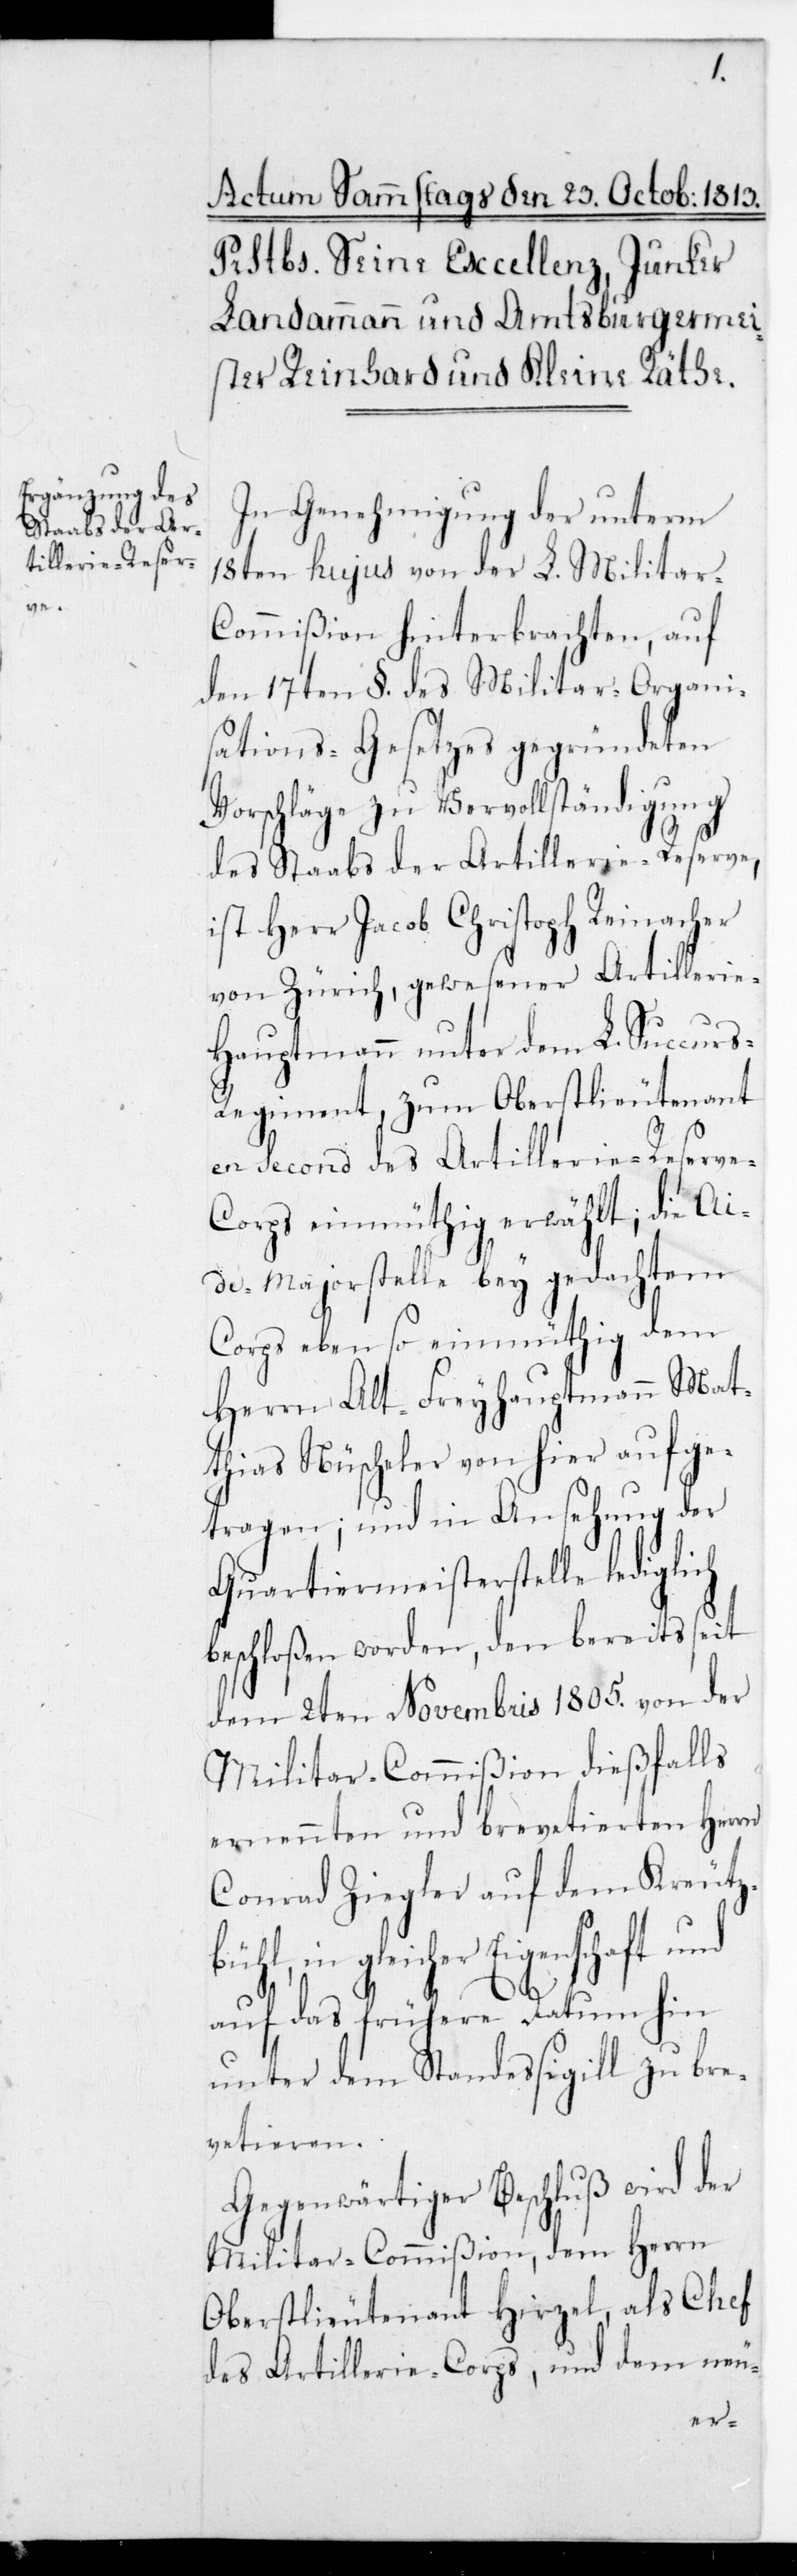
gle¬

l,
In Genehmigung der unterm
18ten hujus von der L. Militar-C¬
ommißion hinterbrachten, auf
den 17ten §. des Militar-Organi¬
sations-Gesetzes gegründeten
Vorschläge zu Vervollständigung
des Staabs der Artillerie-Reserve,
ist Herr Jacob Christoph Reinacher
von Zürich, gewesener Artillerie-H¬
auptmann unter dem L. Succur¬
s-Regiment zum Oberstlieutenant
en Second des Artillerie-Reserv¬
e-Corps einmüthig erwählt; die Ai¬
de-Majorstelle bey gedachtem
Corps eben so einmüthig dem
Herrn Alt-Freyhauptmann Mat¬
thias Nüscheler von hier aufge¬
tragen; und in Ansehung der
Quartiermeisterstelle lediglich
beschloßen worden, den bereits seit
dem 2ten Novembris 1805. von der
Militar-Commißion dießfalls
ernennten und brevetierten Herrn
Conrad Ziegler auf dem Kreutz¬
icher Eigenschaft und
auf das frühere Datum hin
unter dem Standessigill zu bre¬
vetieren.
Gegenwärtiger Beschluß wird der
Militar-Commißion, dem Herrn
Oberstlieutenant Hirzel, als Chef
des Artillerie-Corps, und dem neu-